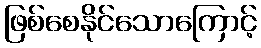
ဖြစ်စေနိုင်သောကြောင့်